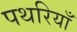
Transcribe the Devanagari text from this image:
पथरियाँ